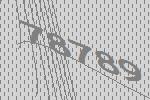
78789